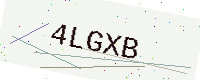
Text: 4LGXB